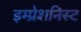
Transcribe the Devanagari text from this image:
इम्प्रेशनिस्ट